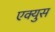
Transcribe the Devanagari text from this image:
एक्युस